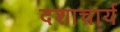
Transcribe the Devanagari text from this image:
दशाचार्य